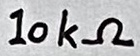
Text: 10kΩ